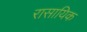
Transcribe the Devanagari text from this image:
रासायिक